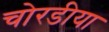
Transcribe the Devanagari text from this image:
चोरडीया